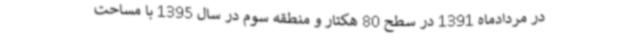
در مردادماه 1391 در سطح 80 هکتار و منطقه سوم در سال 1395 با مساحت